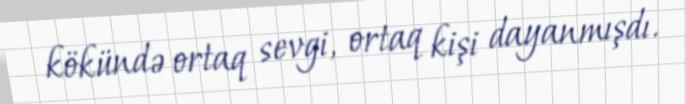
kökündə ortaq sevgi, ortaq kişi dayanmışdı.